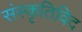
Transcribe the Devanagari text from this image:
संस्कृतिविद